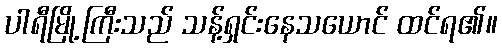
ပါရီမြို့ကြီးသည် သန့်ရှင်းနေသယောင် ထင်ရ၏။